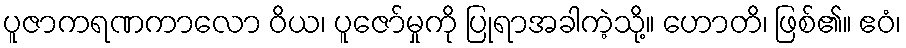
ပူဇာကရဏကာလော ဝိယ၊ ပူဇော်မှုကို ပြုရာအခါကဲ့သို့။ ဟောတိ၊ ဖြစ်၏။ ဧဝံ၊